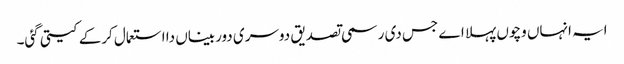
ایہ انہاں وچو‏ں پہلا اے جس دی رسمی تصدیق دوسری دوربیناں دا استعمال کرکے کیتی گئی۔